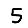
Digit: 5